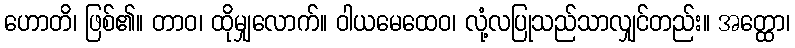
ဟောတိ၊ ဖြစ်၏။ တာဝ၊ ထိုမျှလောက်။ ဝါယမေထေဝ၊ လုံ့လပြုသည်သာလျှင်တည်း။ အတ္ထော၊